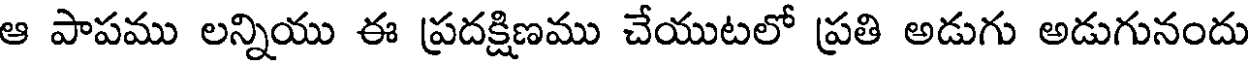
ఆ పాపము లన్నియు ఈ ప్రదక్షిణము చేయుటలో ప్రతి అడుగు అడుగునందు